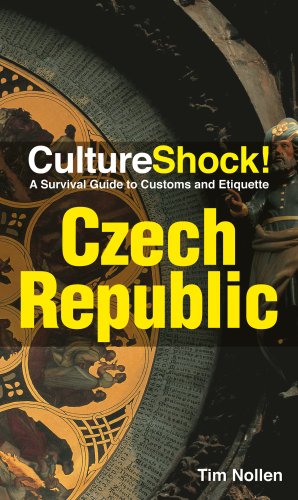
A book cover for CultureShock! Czech Republic: A Survival Guide to Customs and Etiquette (Cultureshock Czech Republic: A Survival Guide to Customs & Etiquettete); Tim Nollen; Travel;